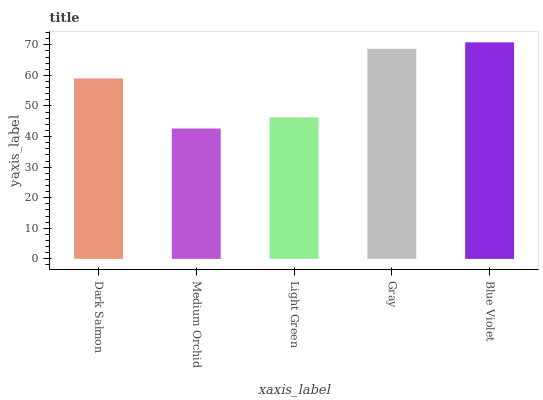
| xaxis_label | bars |
 | --- | --- |
 | Dark Salmon | 59 |
 | Medium Orchid | 42.6 |
 | Light Green | 46.3 |
 | Gray | 68.7 |
 | Blue Violet | 70.8 |